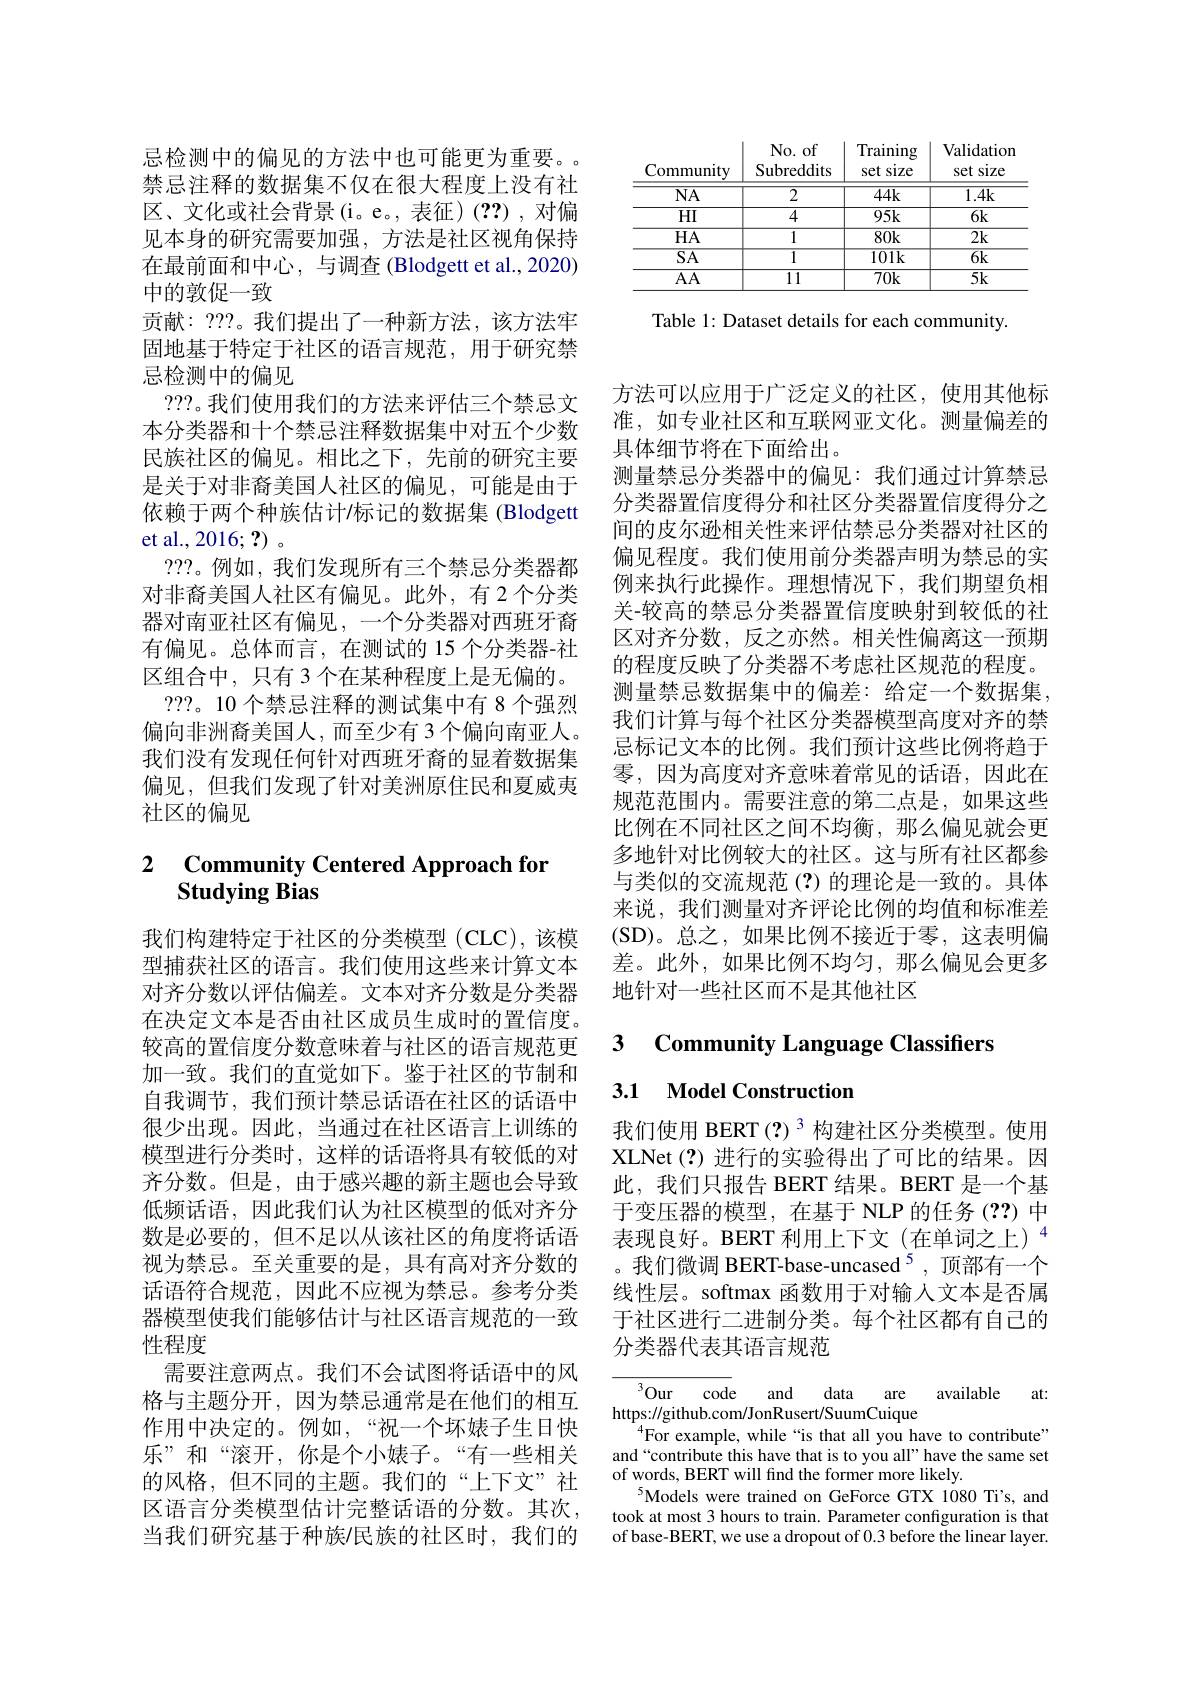
忌检测中的偏见的方法中也可能更为重要。禁忌注释的数据集不仅在很大程度上没有社区、文化或社会背景(i。e。,表征)(??),对偏见本身的研究需要加强，方法是社区视角保持在最前面和中心，与调查 (Blodgett et al., 2020) 中的敦促一致
贡献：???。我们提出了一种新方法，该方法牢固地基于特定于社区的语言规范，用于研究禁忌检测中的偏见
???。我们使用我们的方法来评估三个禁忌文本分类器和十个禁忌注释数据集中对五个少数民族社区的偏见。相比之下，先前的研究主要是关于对非裔美国人社区的偏见，可能是由于依赖于两个种族估计/标记的数据集 (Blodgett et al., 2016; ?) 。
???。例如，我们发现所有三个禁忌分类器都对非裔美国人社区有偏见。此外，有2个分类器对南亚社区有偏见，一个分类器对西班牙裔有偏见。总体而言，在测试的 15 个分类器-社区组合中，只有 3 个在某种程度上是无偏的。
???。10 个禁忌注释的测试集中有 8 个强烈偏向非洲裔美国人，而至少有 3个偏向南亚人。我们没有发现任何针对西班牙裔的显着数据集偏见，但我们发现了针对美洲原住民和夏威夷社区的偏见

### $\textbf{Community Centered Approach for}$ Studying Bias

我们构建特定于社区的分类模型 (CLC),该模型捕获社区的语言。我们使用这些来计算文本对齐分数以评估偏差。文本对齐分数是分类器在决定文本是否由社区成员生成时的置信度。较高的置信度分数意味着与社区的语言规范更加一致。我们的直觉如下。鉴于社区的节制和自我调节，我们预计禁忌话语在社区的话语中很少出现。因此，当通过在社区语言上训练的模型进行分类时，这样的话语将具有较低的对齐分数。但是，由于感兴趣的新主题也会导致低频话语，因此我们认为社区模型的低对齐分数是必要的，但不足以从该社区的角度将话语视为禁忌。至关重要的是，具有高对齐分数的话语符合规范，因此不应视为禁忌。参考分类器模型使我们能够估计与社区语言规范的一致性程度
需要注意两点。我们不会试图将话语中的风格与主题分开，因为禁忌通常是在他们的相互作用中决定的。例如，“祝一个坏婊子生日快乐”和“滚开，你是个小婊子。“有一些相关的风格，但不同的主题。我们的“上下文”社区语言分类模型估计完整话语的分数。其次， 当我们研究基于种族/民族的社区时，我们的

<table>
	<tbody>
		<tr>
			<th>Community</th>
			<th>No. of Subreddits</th>
			<th>Training set size</th>
			<th>Validation set size 1</th>
		</tr>
		<tr>
			<td>$\overline{\mathrm{NA}}$</td>
			<td>$\overline{2}$</td>
			<td>$44k$</td>
			<td>1.4k</td>
		</tr>
		<tr>
			<td>HI</td>
			<td>4</td>
			<td>$95k$</td>
			<td>$\overline{6\mathrm{k}}$</td>
		</tr>
		<tr>
			<td>$HA$</td>
			<td>1</td>
			<td>$80k$</td>
			<td>2k</td>
		</tr>
		<tr>
			<td>$\overline{SA}$</td>
			<td>$\overline{1}$</td>
			<td>$\overline{101k}$</td>
			<td>$\overline{6\mathrm{k}}$</td>
		</tr>
		<tr>
			<td>$AA$</td>
			<td>11</td>
			<td>$70k$</td>
			<td>$\overline{5k}$</td>
		</tr>
	</tbody>
</table>

Table 1: Dataset details for each community.

方法可以应用于广泛定义的社区，使用其他标准，如专业社区和互联网亚文化。测量偏差的具体细节将在下面给出。
测量禁忌分类器中的偏见：我们通过计算禁忌分类器置信度得分和社区分类器置信度得分之间的皮尔逊相关性来评估禁忌分类器对社区的偏见程度。我们使用前分类器声明为禁忌的实例来执行此操作。理想情况下，我们期望负相关-较高的禁忌分类器置信度映射到较低的社区对齐分数，反之亦然。相关性偏离这一预期的程度反映了分类器不考虑社区规范的程度。测量禁忌数据集中的偏差：给定一个数据集， 我们计算与每个社区分类器模型高度对齐的禁忌标记文本的比例。我们预计这些比例将趋于零，因为高度对齐意味着常见的话语，因此在规范范围内。需要注意的第二点是，如果这些比例在不同社区之间不均衡，那么偏见就会更多地针对比例较大的社区。这与所有社区都参与类似的交流规范(?)的理论是一致的。具体来说，我们测量对齐评论比例的均值和标准差(SD)。总之，如果比例不接近于零，这表明偏差。此外，如果比例不均匀，那么偏见会更多地针对一些社区而不是其他社区

# 3 Community Language Classifiers

## 3.1 Model Construction

我们使用 BERT(?)$^{3}$构建社区分类模型。使用XLNet(?)进行的实验得出了可比的结果。因此，我们只报告 BERT 结果。BERT 是一个基于变压器的模型，在基于 NLP 的任务 (??) 中表现良好。BERT 利用上下文(在单词之上)$^{4}$ 。我们微调 BERT-base-uncased$^{5}$,顶部有一个线性层。softmax 函数用于对输人文本是否属于社区进行二进制分类。每个社区都有自己的分类器代表其语言规范

${^3{\mathrm{Our}}\:\mathrm{code}}$
and data are available at:
https://github.com/JonRusert/SuumCuique
$^{4}$For example, while “is that all you have to contribute" and “contribute this have that is to you all”have the same set of words, BERT will find the former more likely.
$^{5}$Models were trained on GeForce GTX 1080 Ti's, and took at most 3 hours to train. Parameter configuration is that of base-BERT, we use a dropout of 0.3 before the linear layer.